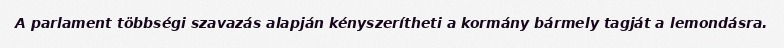
A parlament többségi szavazás alapján kényszerítheti a kormány bármely tagját a lemondásra.